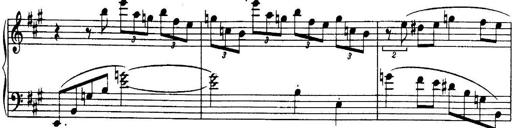
Title: 3 Sonatinas, Op.67
Composer: Jean Sibelius